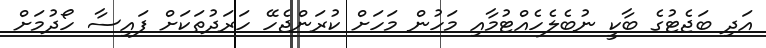
އަދި ބަޖެޓުގެ ބާކީ ނުބެލެހެއްޓުމާއި މަހުން މަހަށް ކުރަންޖެހޭ ހަރަދުތަކަށް ފައިސާ ހޯދުމަށް